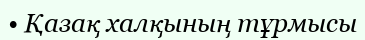
• Қазақ халқының тұрмысы